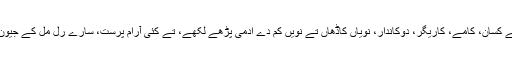
نویں جیون دی کھوج وچ رُجھے ہوئے کِسان، کامے، کاریگر، دوکاندار، نویاں کاڈھاں تے نویں کم دے اُدمی پڑھے لکھے، تے کئی آرام پرست، سارے رل مِل کے جیون نوں سُچجا بناؤن وچ لگے ہوئے سن۔